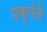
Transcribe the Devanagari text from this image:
प्रकुर्वते